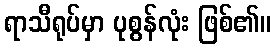
ရာသီရုပ်မှာ ပုစွန်လုံး ဖြစ်၏။